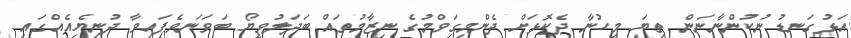
އަޅުގަނޑު ނުކުންނާނަން ތިޔަ މީހުނާ ދެކޮޅަށް ދެންމިގަވްމުގެ ނިޒާމުތައް ބަދަލުވީޔޯ ބަވަނަވެފައިވާ ދުނިޔެއެއްގައި